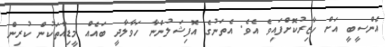
އެންސީބީ އަށް ހާޒިރުކޮށްފައިވެ އެވެ. އެތަނުގެ އޮފިޝަލުންނާ ހަވާލާދީ ބައެއް މީޑިއާތަކުން ކުރިން